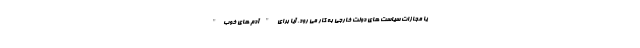
یا مجازات سیاست های دولت خارجی به کار می رود. آیا برای "آدم های خوب"